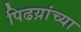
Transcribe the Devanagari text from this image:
पिढय़ांच्या